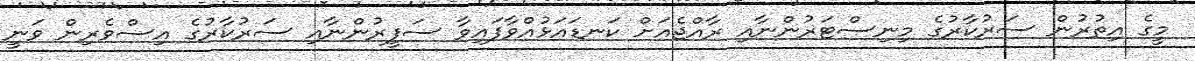
މީގެ އިތުރުން ސަރުކާރުގެ މިނިސްޓަރުންނާއި ރާއްޖެއަށް ކަނޑައަޅުއްވާފައިވާ ސަފީރުންނާއި ސަރުކާރުގެ އިސްވެރިން ވަނީ